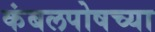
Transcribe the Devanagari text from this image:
कंबलपोषच्या